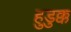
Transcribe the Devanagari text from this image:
हुडुक्क